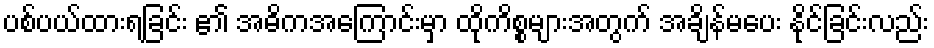
ပစ်ပယ်ထားရခြင်း ၏ အဓိကအကြောင်းမှာ ထိုကိစ္စများအတွက် အချိန်မပေး နိုင်ခြင်းလည်း